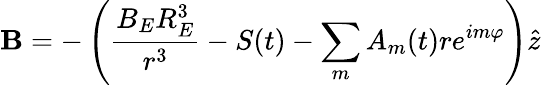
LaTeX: \mathbf{B}=-\left(\frac{B_{E}R_{E}^{3}}{r^{3}}-S(t)-\sum_{m}A_{m}(t)re^{im\varphi}\right)\hat{z}